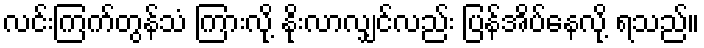
လင်းကြက်တွန်သံ ကြားလို့ နိုးလာလျှင်လည်း ပြန်အိပ်နေလို့ ရသည်။